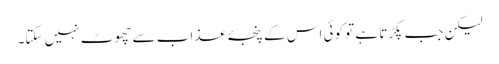
لیکن جب پکڑتا ہے تو کوئی اس کے پنجۂ عذاب سے چھوٹ نہیں سکتا۔